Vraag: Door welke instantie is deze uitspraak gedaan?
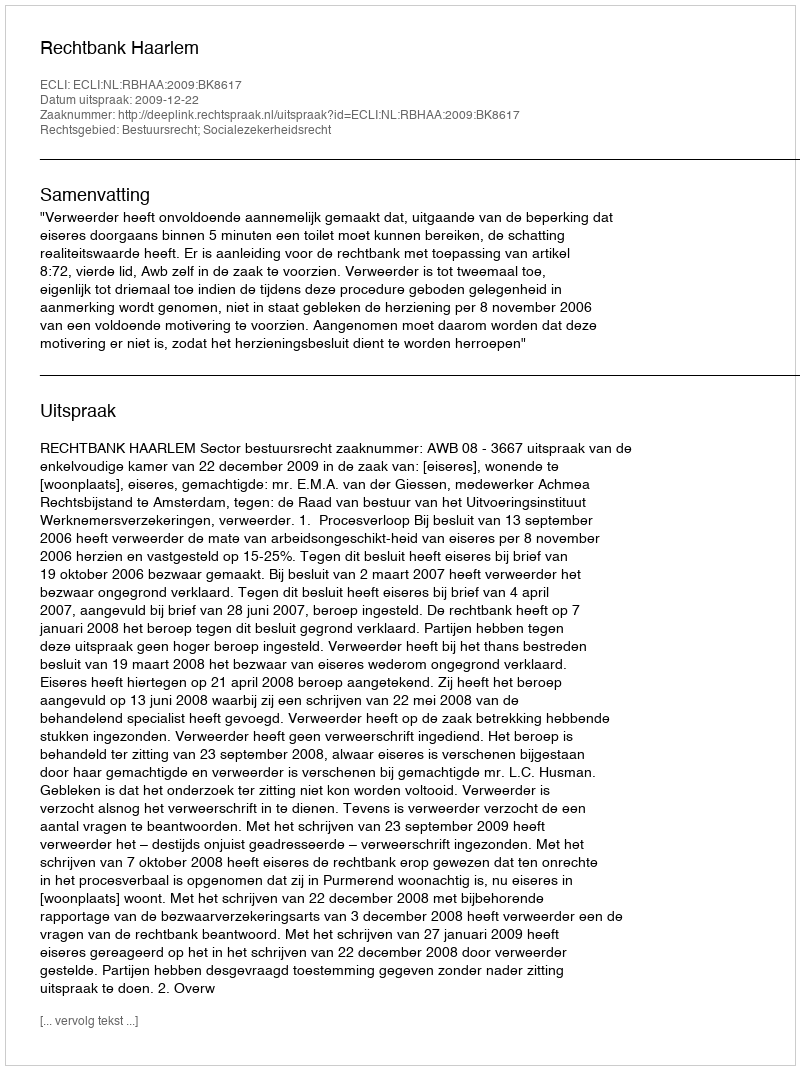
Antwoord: Rechtbank Haarlem